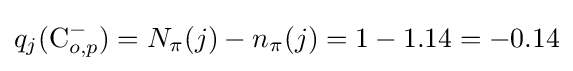
q_{j}(\mathrm {C} _{o,p}^{-})=N_{\pi }(j)-n_{\pi }(j)=1-1.14=-0.14